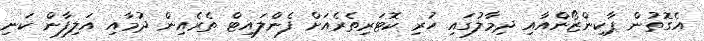
އެގޮތުން ޕާކިންޒޯންއާއި ދިމާލުގައި ހުރި ކޮޓަރިތެރެއަށް ފެންލައިޓް ތެރެއިން ދުމާއި އަލިފާން ކަނި